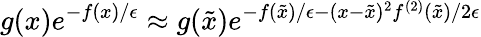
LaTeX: g(x)e^{-f(x)/\epsilon}\approx g(\tilde{x})e^{-f(\tilde{x})/\epsilon-(x-\tilde{x})^{2}f^{(2)}(\tilde{x})/2\epsilon}